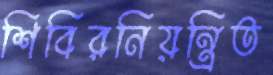
শিবিরনিয়ন্ত্রিত